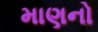
માણનો